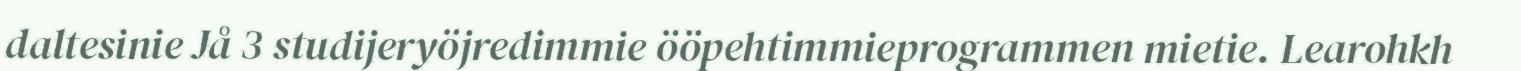
daltesinie Jå 3 studijeryöjredimmie ööpehtimmieprogrammen mietie. Learohkh